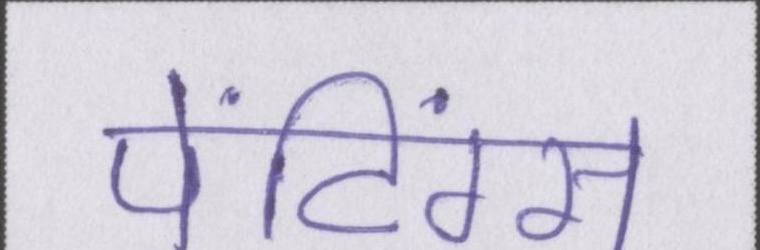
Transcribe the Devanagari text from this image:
पेंटिंग्स